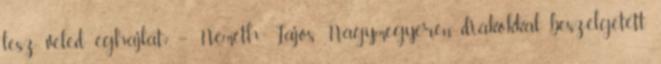
lesz veled éghajlat? – Németh Lajos Nagymegyeren diákokkal beszélgetett